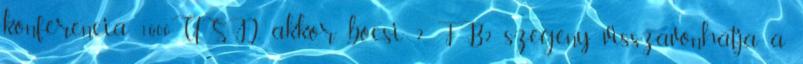
konferencia 1600USD, akkor bocsi 2. FB2 szegeny visszavonhatja a